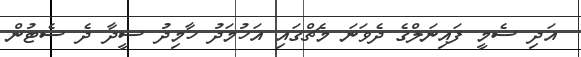
އަދި ސެމީ ފައިނަލްގެ ދެވަނަ މެޗްގައި އަހުމަދު ހާމިދު ސީދާ ދެ ސެޓުން